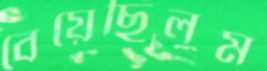
বেয়েছিলুম